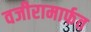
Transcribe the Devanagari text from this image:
वजीरामार्फत